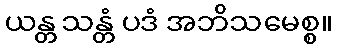
ယန္တ သန္တံ ပဒံ အဘိသမေစ္စ။